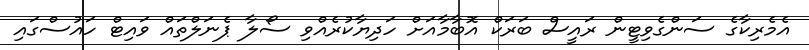
އެމެރިކާގެ ސަންގެވިޓީން ރައީސް ބަރަކް އޮބާމާއަށް ހަދިޔާކުރެއްވި ސޯލާ ޕެނަލްތައް ވައިޓް ހައުސްގައި